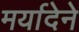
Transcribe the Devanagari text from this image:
मर्यादेने